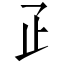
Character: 𤴔